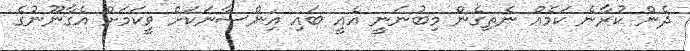
ދެން ކުރާނެ ކަމެއް ނެތިގެން މިބުނަނީ އެއީ ބައި އިންސާނަކަށް ވީކަމަށް އެގާނޫނުގެ